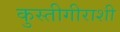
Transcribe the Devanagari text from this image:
कुस्तीगीराशी